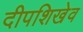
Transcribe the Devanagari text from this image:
दीपशिखेव